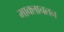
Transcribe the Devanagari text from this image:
माक्लाचलन